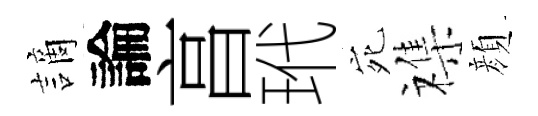
謫論亯玳宛襍顔